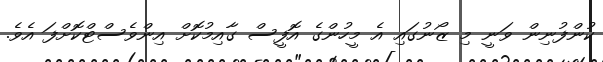
ކުންފުނިން ވަނީ މި ޒޯނުގައި އެ މީހުންގެ އޮފީސް ގާއިމުކޮށް އިންވެސްޓްކޮށްފަ އެވެ.